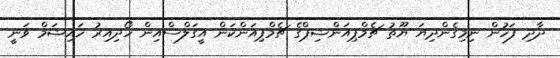
ދާދި ފަހުން ނިމިގެންދިޔަ ޔޫތު ޗެމްޕިއަންޝިޕްގެ ޗެމްޕިއަންކަން އީގަލްސްއިން ހޯދިއިރު ހައިޝަމް ވަނީ